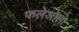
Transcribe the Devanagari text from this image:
फलेओलो